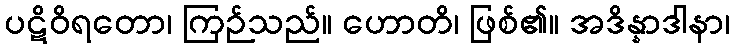
ပဋိဝိရတော၊ ကြဉ်သည်။ ဟောတိ၊ ဖြစ်၏။ အဒိန္နာဒါနာ၊